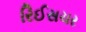
રિઈસચર